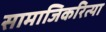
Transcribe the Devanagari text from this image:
सामाजिकरित्या